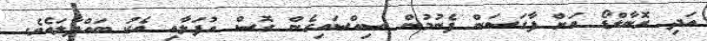
އަދި ރޮނާލްޑޯ އަށް ފާގަސަން ފެނުމުން ސިއްސައިގެން ގޮސް އުފަލާއި އެކު ބައްދާލައެވެ.